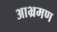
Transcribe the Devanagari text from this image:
आभ्रमण